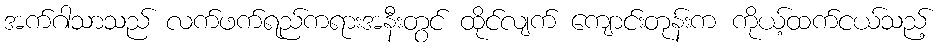
အက်ဂါသာသည် လက်ဖက်ရည်ကရားအနီးတွင် ထိုင်လျက် ကျောင်းတုန်းက ကိုယ့်ထက်ငယ်သည့်